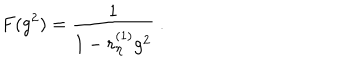
LaTeX: F ( g ^ { 2 } ) = \frac 1 { 1 - r _ { \eta } ^ { ( 1 ) } g ^ { 2 } } \ .